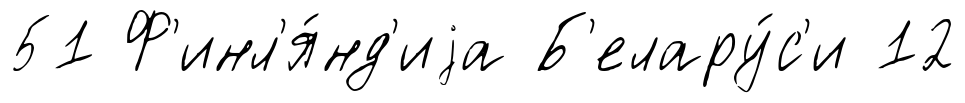
51 Ф'инл'я́нд'иjа Б'елару́с'и 12